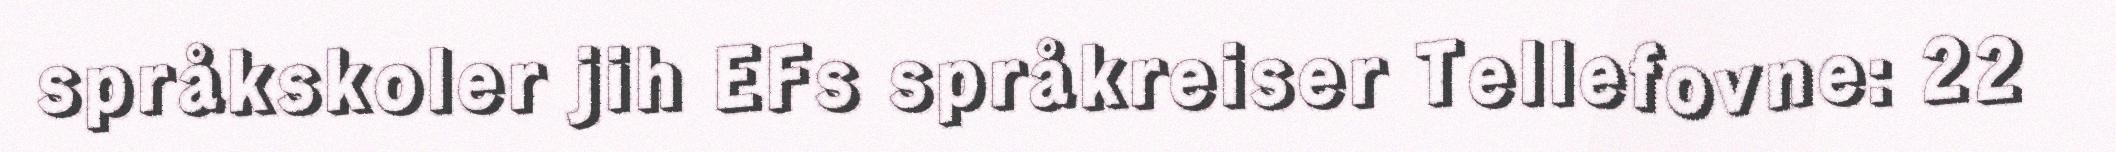
språkskoler jih EFs språkreiser Tellefovne: 22